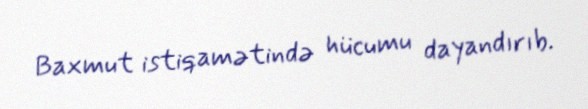
Baxmut istiqamətində hücumu dayandırıb.